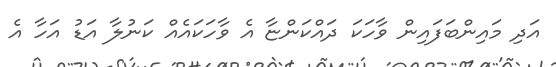
އަދި މައިންބަފައިން ވާހަކަ ދައްކަންޏާ އެ ވާހަކައެއް ކަނުލާ އަޑު އަހާ އެ